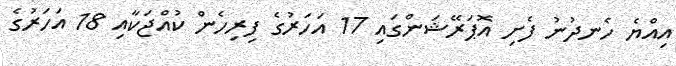
އިއްޔެ ހެނދުނު ފެށި އޮޕަރޭޝަންގައި 17 އަހަރުގެ ފިރިހެން ކުއްޖަކާއި 18 އަހަރުގެ